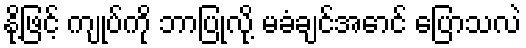
နို့ဖြင့် ကျုပ်ကို ဘာပြုလို့ မခံချင်အောင် ပြောသလဲ